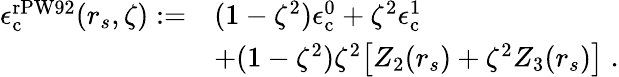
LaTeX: \begin{array}{rl}{\epsilon_{\mathrm{c}}^{\mathrm{rPW92}}(r_{s},\zeta):=}&{(1-\zeta^{2})\epsilon_{\mathrm{c}}^{0}+\zeta^{2}\epsilon_{\mathrm{c}}^{1}}\\ &{+(1-\zeta^{2})\zeta^{2}\big[Z_{2}(r_{s})+\zeta^{2}Z_{3}(r_{s})\big]\; .}\end{array}